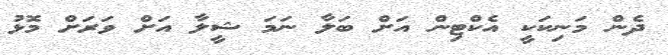
ދެން މަނިކަކީ އެކްޓިން އަށް ބަލާ ނަމަ ޝީލާ އަށް ވަރަށް މޮޅު